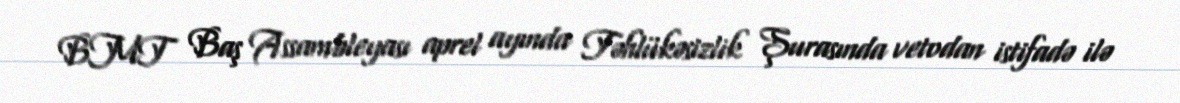
BMT Baş Assambleyası aprel ayında Təhlükəsizlik Şurasında vetodan istifadə ilə